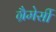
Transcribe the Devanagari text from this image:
ग्रैमेर्सी